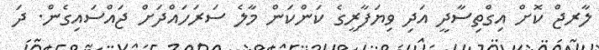
ލާރޖް ކޮށް އިގްތިސާދީ އަދި ވިޔަފާރީގެ ކަންކަން މާލެ ސަރަހައްދަށް ޖައްސައިގެން. ދަ